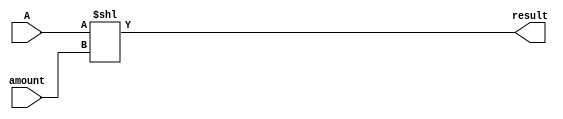
module shl (
    input wire [31:0] A, 
    input wire [4:0] amount,
    output wire [63:0] result
);

assign result = A << amount;
    
endmodule